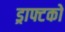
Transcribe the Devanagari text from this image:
ड्राफ्टको